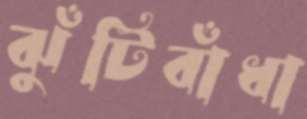
ঝুঁটিবাঁধা